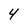
Character: 4